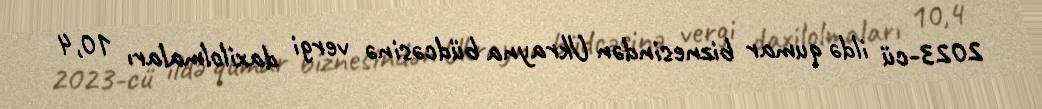
2023-cü ildə qumar biznesindən Ukrayna büdcəsinə vergi daxilolmaları 10,4